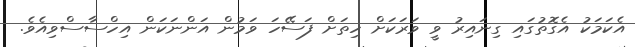
އެކަމަކު އެގޮތުގައި ގިނައިރު ވީ ވަރަަކަށް ހިތަށް ފަސޭހަ ވަމުން އަންނަކަން އިހްސާސްވިއެވެ.